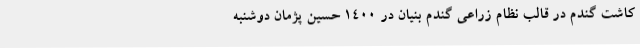
کاشت گندم در قالب نظام زراعی گندم بنیان در 1400 حسین پژمان دوشنبه